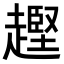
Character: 𧽡